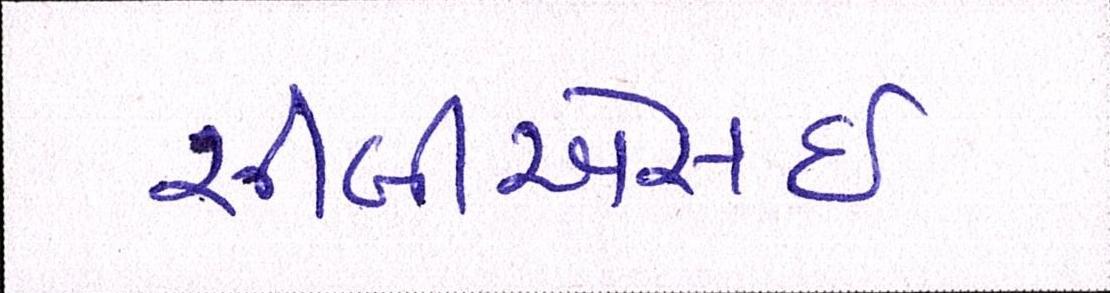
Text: સીબીએસઇ